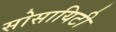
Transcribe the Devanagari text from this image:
सोसायिटी